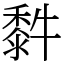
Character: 䵓